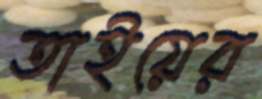
তাইয়ের